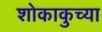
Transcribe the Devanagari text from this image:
शोकाकुच्या